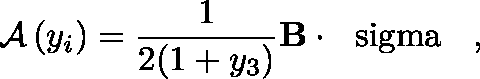
{ \cal A } \left( y _ { i } \right) = \frac { 1 } { 2 ( 1 + y _ { 3 } ) } { \bf B } \cdot \mathrm { \boldmath ~ \ s i g m a ~ } \; \; ,